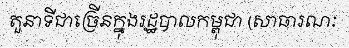
តួនាទីជាច្រើនក្នុងរដ្ឋបាលកម្ពុជា (សាធារណៈ